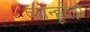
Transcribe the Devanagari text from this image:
चान्हूदेड़ो